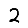
Digit: 2